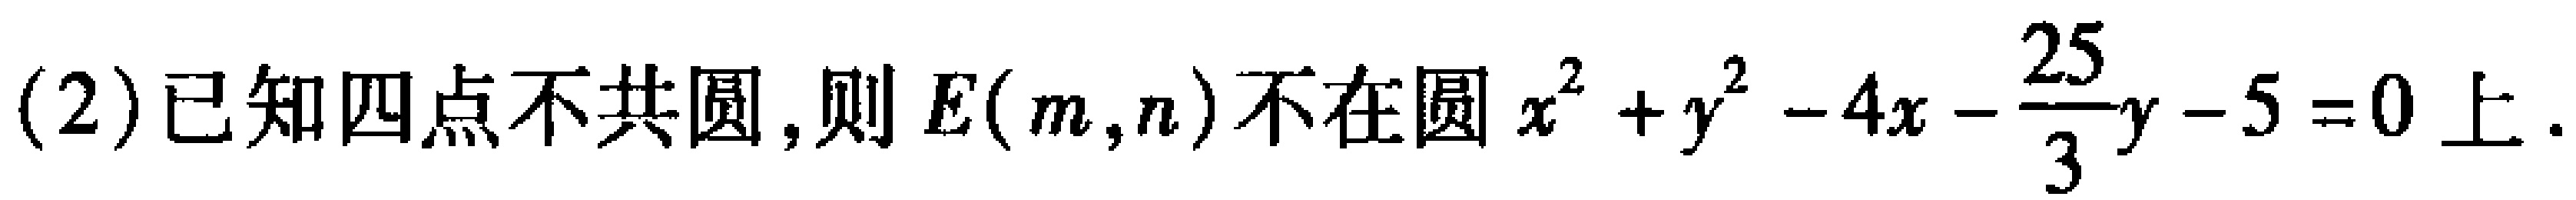
(2)已知四点不共圆,则\(E(m,n)\)不在圆\(x^{2}+y^{2}-4x-\frac{25}{3}y - 5 = 0\)上.